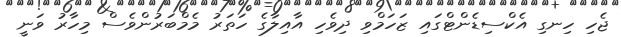
ޖެހި ހިނގި އެކްސިޑެންޓްގައި ޒަހަމްވި ދިވެހި އާއިލާގެ ހަތަރު މެމްބަރުންވެސް މިހާރު ވަނީ